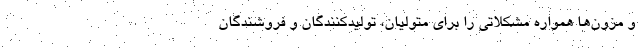
و مزون‌ها همواره مشکلاتی را برای متولیان، تولیدکنندگان و فروشندگان